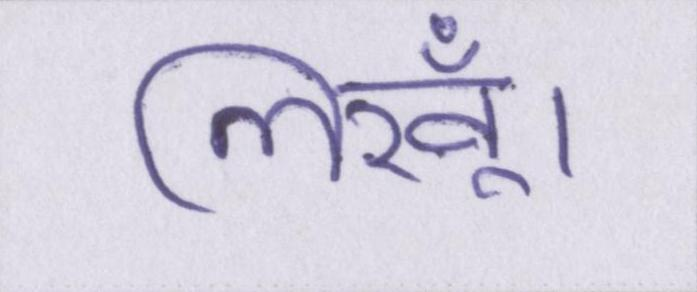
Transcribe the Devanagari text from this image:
लिखूँ।